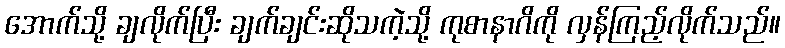
အောက်သို့ ချလိုက်ပြီး ချက်ချင်းဆိုသကဲ့သို့ ကုစာနာဂိကို လှန်ကြည့်လိုက်သည်။